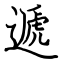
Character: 遞